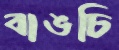
বাঙচি